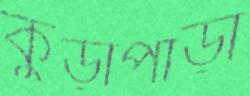
কুড়াপাড়া